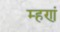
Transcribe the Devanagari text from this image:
म्हणं